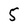
Character: 5